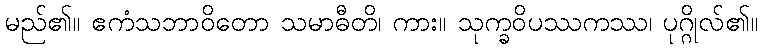
မည်၏။ ဧကံသဘာဝိတော သမာဓီတိ၊ ကား။ သုက္ခဝိပဿကဿ၊ ပုဂ္ဂိုလ်၏။